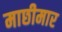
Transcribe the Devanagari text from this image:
माछीमार